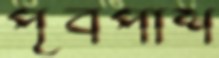
পূর্বপাশ